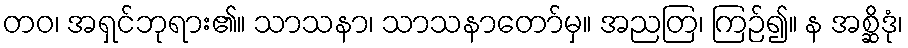
တဝ၊ အရှင်ဘုရား၏။ သာသနာ၊ သာသနာတော်မှ။ အညတြ၊ ကြဉ်၍။ န အစ္ဆိဒုံ၊